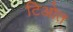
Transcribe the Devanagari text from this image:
टिओत